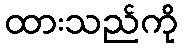
ထားသည်ကို